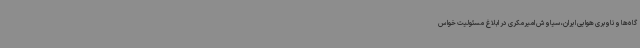
گاه‌ها و ناوبری هوایی ایران، سیاوش امیرمکری در ابلاغ مسئولیت خواس